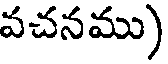
వచనము)